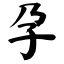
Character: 孕